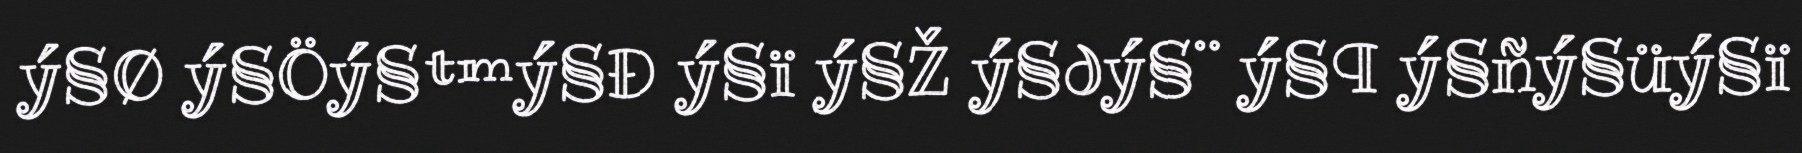
ý§Ø ý§Öý§™ý§Đ ý§ï ý§Ž ý§∂ý§¨ ý§¶ ý§ñý§üý§ï